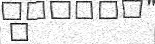
٢